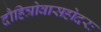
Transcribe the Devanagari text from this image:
दौहित्रोवासहोदरः